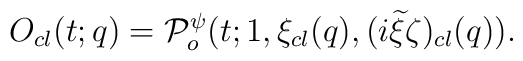
O_{cl}(t;q)= {\cal P}^{\psi}_o(t;1,\xi_{cl}(q),(i{\widetilde \xi}\zeta)_{cl}(q)).